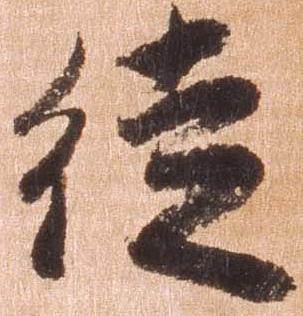
徒